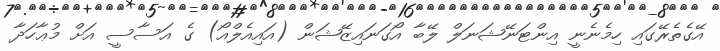
އޭގެތެރޭގައި ހިމެނެނީ އިންޓަނޭޝަނަލް ލޭބާ އޯގަނައިޒޭޝަން (އައިއެލްއޯ) ގެ އަސާސީ އަށް މުޢާހަދާ